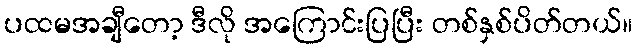
ပထမအချီတော့ ဒီလို အကြောင်းပြပြီး တစ်နှစ်ပိတ်တယ်။